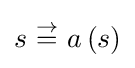
s~{\overset {\rightarrow }{=}}~a\left(s\right)